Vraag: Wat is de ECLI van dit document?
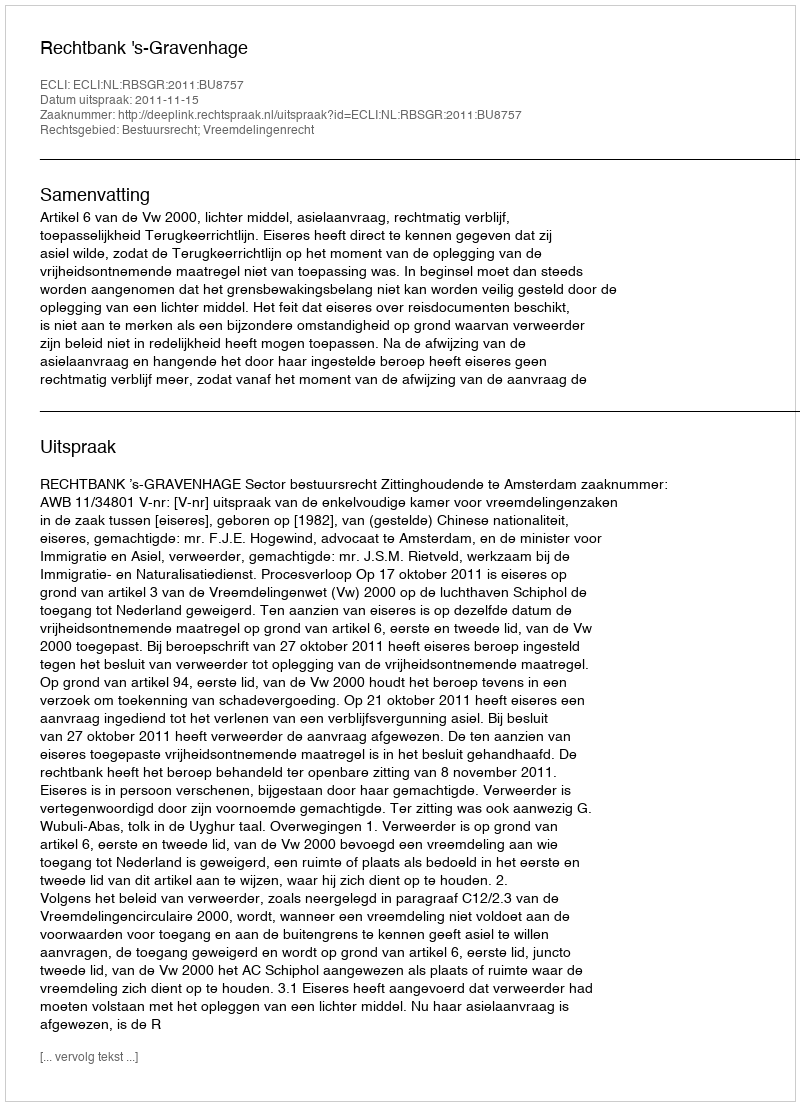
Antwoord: ECLI:NL:RBSGR:2011:BU8757